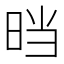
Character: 𰖂